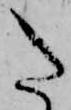
た